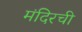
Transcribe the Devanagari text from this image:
मंदिरची